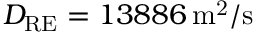
D _ { \mathrm { R E } } = 1 3 8 8 6 \ensuremath { \, \mathrm { m ^ { 2 } / s } }